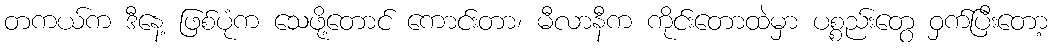
တကယ်က ဒီနေ့ ဖြစ်ပုံက သေဖို့တောင် ကောင်းတာ၊ မီလာနီက ကိုင်းတောထဲမှာ ပစ္စည်းတွေ ဝှက်ပြီးတော့